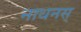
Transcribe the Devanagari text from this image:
नाथनस्